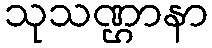
သုသဏ္ဌာနာ